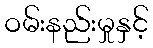
ဝမ်းနည်းမှုနှင့်